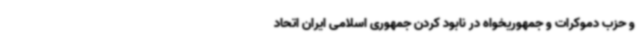
و حزب دموکرات و جمهوریخواه در نابود کردن جمهوری اسلامی ایران اتحاد